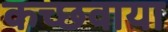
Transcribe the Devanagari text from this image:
कच्छवाया